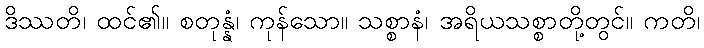
ဒိဿတိ၊ ထင်၏။ စတုန္နံ၊ ကုန်သော။ သစ္စာနံ၊ အရိယသစ္စာတို့တွင်။ ကတိ၊